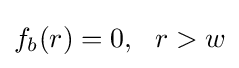
f_{b}(r)=0,~~r>w